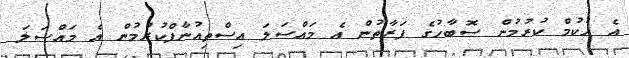
އެ ހުކުމް ކުރުމުން ސޮބާހުގެ ފަރާތުން އެ މައްސަލަ އިސްތިއުނާފްކުރުމުން އެ މައްސަލަ